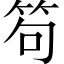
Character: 笱